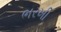
ભરખી